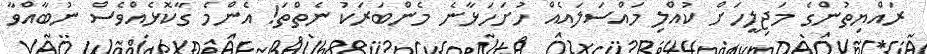
ރައްޔިތުންގެ މަޖިލީހަށް ކުއްލި މައްސަލައެއް ހުށަހަޅާނެ މެންބަރަކު ނެތްތަ! އެންމެ ގާކޮޅެއްވެސް ނުބާއްވާ